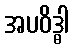
အပဝိဒ္ဓါ